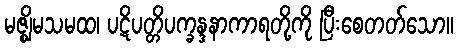
မဇ္ဈိမသမထ၊ ပဋိပတ္တိပက္ခန္ဒနာကာရတို့ကို ပြီးစေတတ်သော။